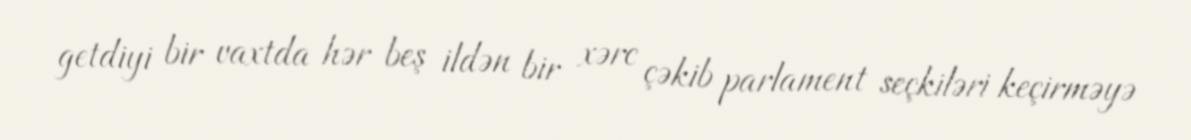
getdiyi bir vaxtda hər beş ildən bir xərc çəkib parlament seçkiləri keçirməyə